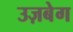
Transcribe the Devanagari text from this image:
उज़बेग